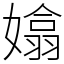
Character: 嬆